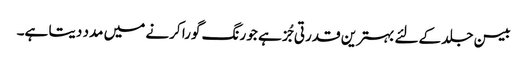
بیسن جلد کےلئے بہترین قدرتی جُز ہے جو رنگ گورا کرنے میں مدد دیتا ہے۔